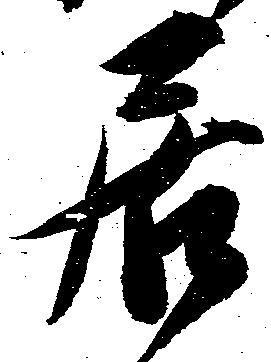
居